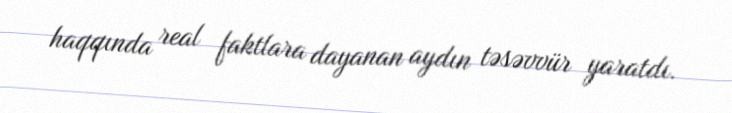
haqqında real faktlara dayanan aydın təsəvvür yaratdı.